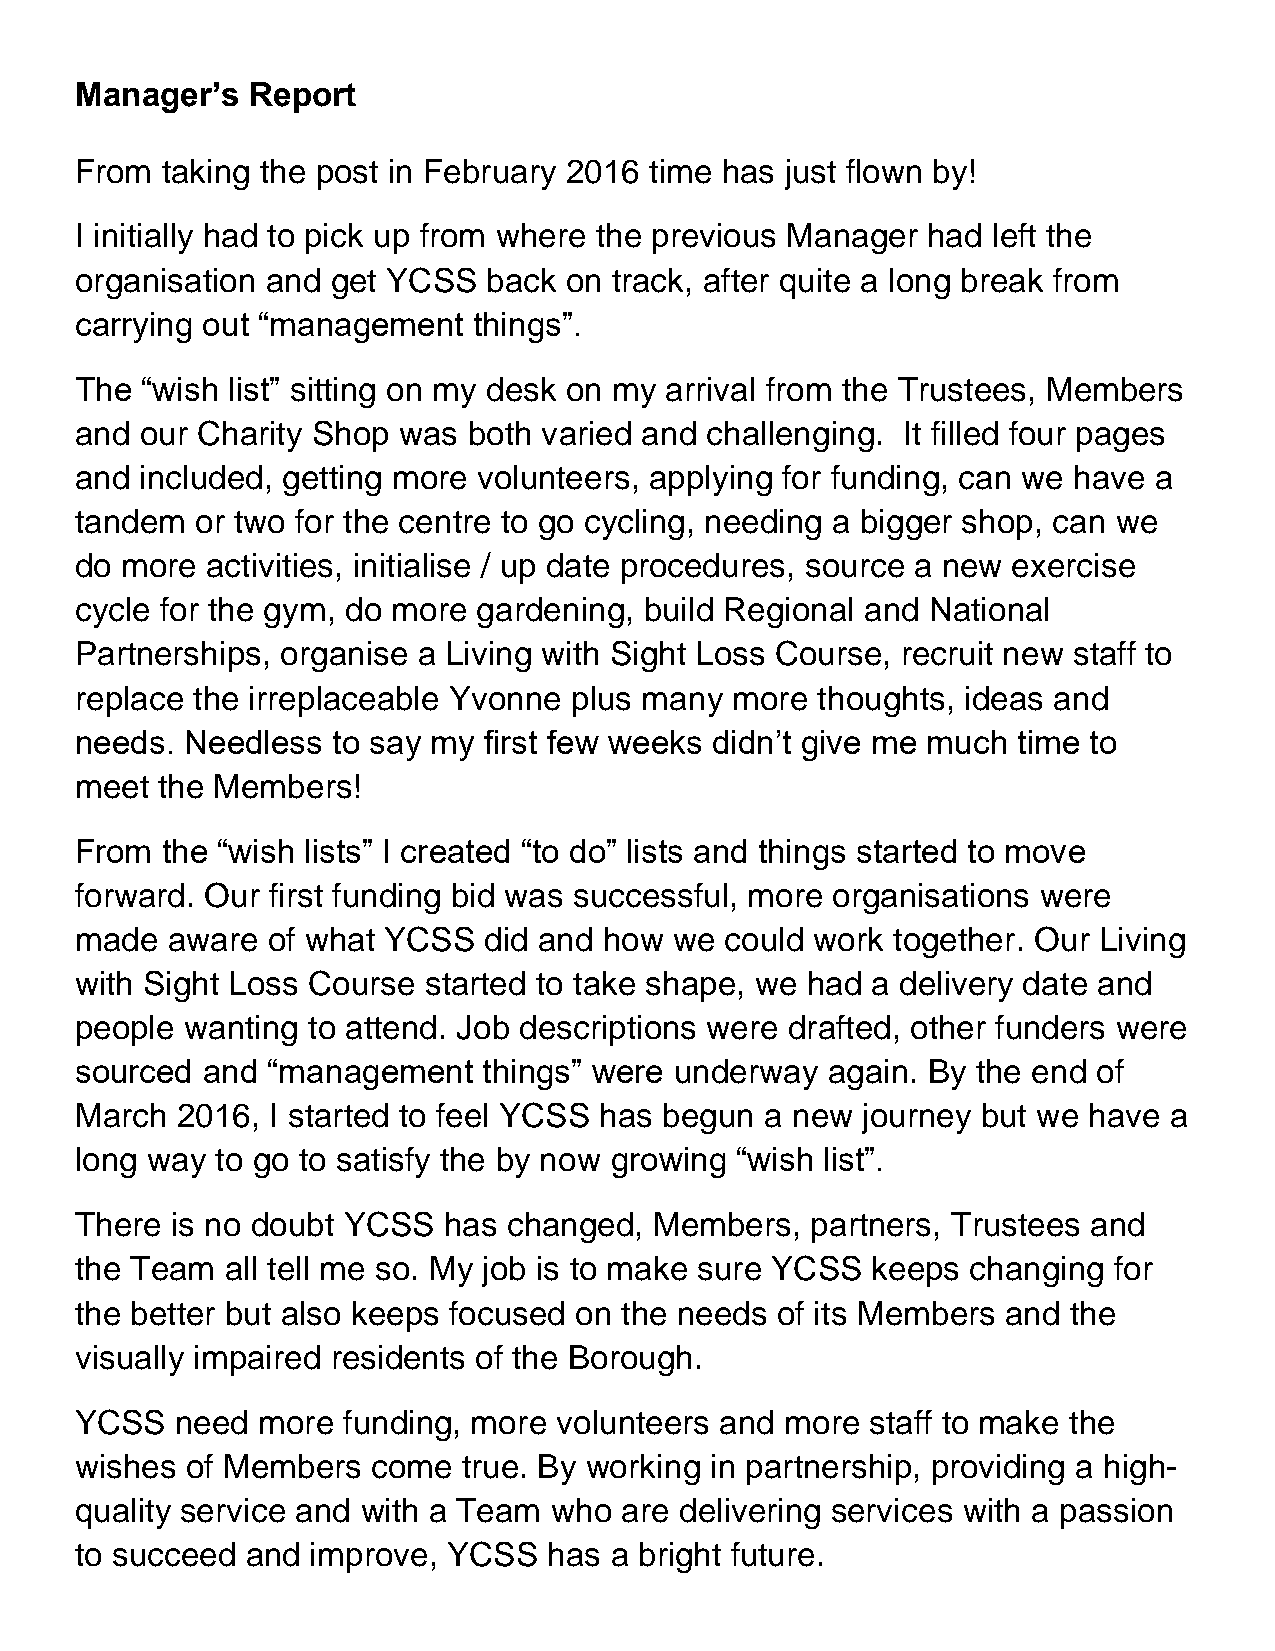
Manager’s  Report
 From  taking the post in February 2016 time has just flown by!
 I initially had to pick up from where the previous Manager had left the
 organisation and get YCSS  back on  track, after quite a long break from
 carrying out “management  things”.
 The “wish list” sitting on my desk on my arrival from the Trustees, Members
 and our Charity Shop was  both varied and challenging. It filled four pages
 and included, getting more volunteers, applying for funding, can we have a
 tandem  or two for the centre to go cycling, needing a bigger shop, can we
 do more  activities, initialise / up date procedures, source a new exercise
 cycle for the gym, do more gardening, build Regional and National
 Partnerships, organise a Living with Sight Loss Course, recruit new staff to
 replace the irreplaceable Yvonne plus many more  thoughts, ideas and
 needs. Needless  to say my first few weeks didn’t give me much time to
 meet the Members!
 From  the “wish lists” I created “to do” lists and things started to move
 forward. Our first funding bid was successful, more organisations were
 made  aware  of what YCSS  did and how  we could work together. Our Living
 with Sight Loss Course started to take shape, we had a delivery date and
 people wanting to attend. Job descriptions were drafted, other funders were
 sourced and  “management   things” were underway  again. By the end of
 March  2016, I started to feel YCSS has begun a new journey but we have a
 long way to go to satisfy the by now growing “wish list”.
 There is no doubt YCSS  has  changed, Members,   partners, Trustees and
 the Team  all tell me so. My job is to make sure YCSS keeps changing for
 the better but also keeps focused on the needs of its Members and the
 visually impaired residents of the Borough.
 YCSS   need more  funding, more volunteers and more  staff to make the
 wishes of Members   come  true. By working in partnership, providing a high-
 quality service and with a Team who are delivering services with a passion
 to succeed and  improve, YCSS  has a bright future.